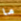
ما